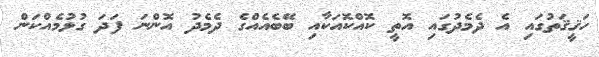
ހަޤީޤަތުގައި އެ ދެމެދުގައި އޮތީ ކޮއްކޮއަކާއި ބޭބެއެއްގެ ދެމެދު އޮންނަ ފަދަ ގުޅުމެއްކަން